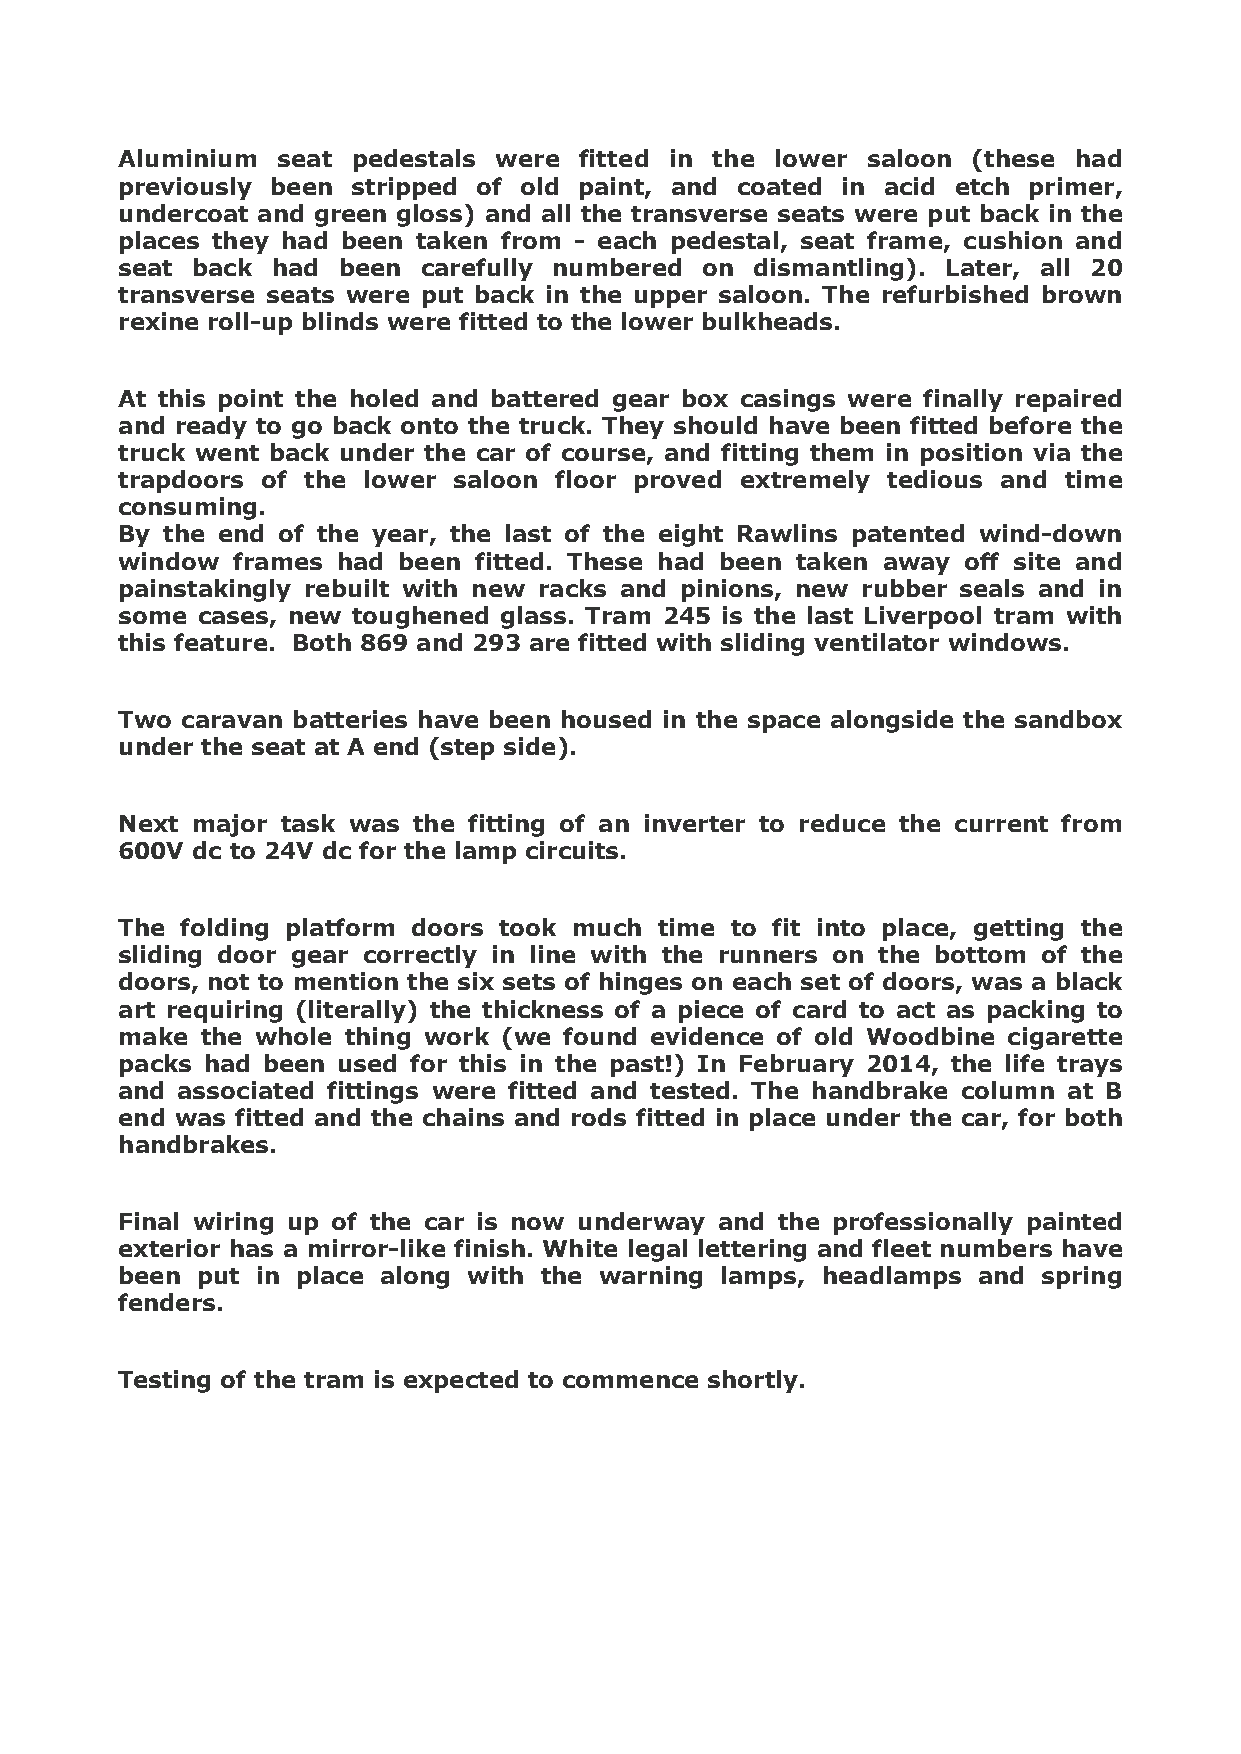
Aluminium seat pedestals were fitted in the lower saloon (these had
 previously been stripped of old paint, and coated in acid etch primer,
 undercoat and green gloss) and all the transverse seats were put back in the
 places they had been taken from - each pedestal, seat frame, cushion and
 seat back had been  carefully numbered on dismantling). Later, all 20
 transverse seats were put back in the upper saloon. The refurbished brown
 rexine roll-up blinds were fitted to the lower bulkheads.
 At this point the holed and battered gear box casings were finally repaired
 and ready to go back onto the truck. They should have been fitted before the
 truck went back under the car of course, and fitting them in position via the
 trapdoors of the lower saloon floor proved extremely tedious and time
 consuming.
 By the end of the year, the last of the eight Rawlins patented wind-down
 window frames had been fitted. These had been taken away off site and
 painstakingly rebuilt with new racks and pinions, new rubber seals and in
 some cases, new toughened glass. Tram 245 is the last Liverpool tram with
 this feature. Both 869 and 293 are fitted with sliding ventilator windows.
 Two caravan batteries have been housed in the space alongside the sandbox
 under the seat at A end (step side).
 Next major task was the fitting of an inverter to reduce the current from
 600V dc to 24V dc for the lamp circuits.
 The folding platform doors took much time to fit into place, getting the
 sliding door gear correctly in line with the runners on the bottom of the
 doors, not to mention the six sets of hinges on each set of doors, was a black
 art requiring (literally) the thickness of a piece of card to act as packing to
 make the whole thing work (we found evidence of old Woodbine cigarette
 packs had been used for this in the past!) In February 2014, the life trays
 and associated fittings were fitted and tested. The handbrake column at B
 end was fitted and the chains and rods fitted in place under the car, for both
 handbrakes.
 Final wiring up of the car is now underway and the professionally painted
 exterior has a mirror-like finish. White legal lettering and fleet numbers have
 been put in place along with the warning lamps, headlamps and spring
 fenders.
 Testing of the tram is expected to commence shortly.